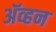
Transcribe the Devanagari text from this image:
अॅव्हन